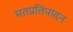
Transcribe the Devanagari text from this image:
मतप्रतिपादन